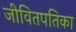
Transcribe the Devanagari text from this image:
जीवितपतिका